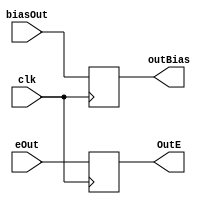
module register1(
input clk,
input wire [7:0] biasOut,eOut,
output reg [7:0] outBias,OutE
);
always @(posedge clk)
	begin
	outBias <= biasOut;
	OutE <= eOut;
	end

endmodule